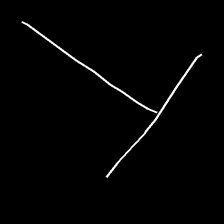
Glyph: column